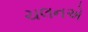
ચલનએ